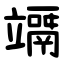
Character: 竵